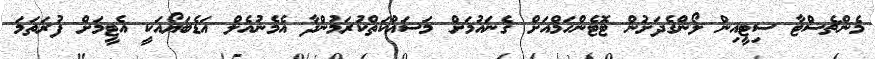
މެންޗެސްޓާ ސިޓީއިން ލޯންގެދަށުން ޓޮޓެންހަމްއަށް ގެނައުމަށް މަސައްކަތްކުރަމުންދާ އެމެނުއެލް އަޑެބަޔޯއަކީ އެޓީމަށް ފުރަތަމަ